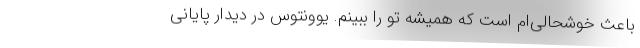
باعث خوشحالی‌ام است که همیشه تو را ببینم. یوونتوس در دیدار پایانی